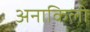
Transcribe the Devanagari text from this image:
अनाकिली